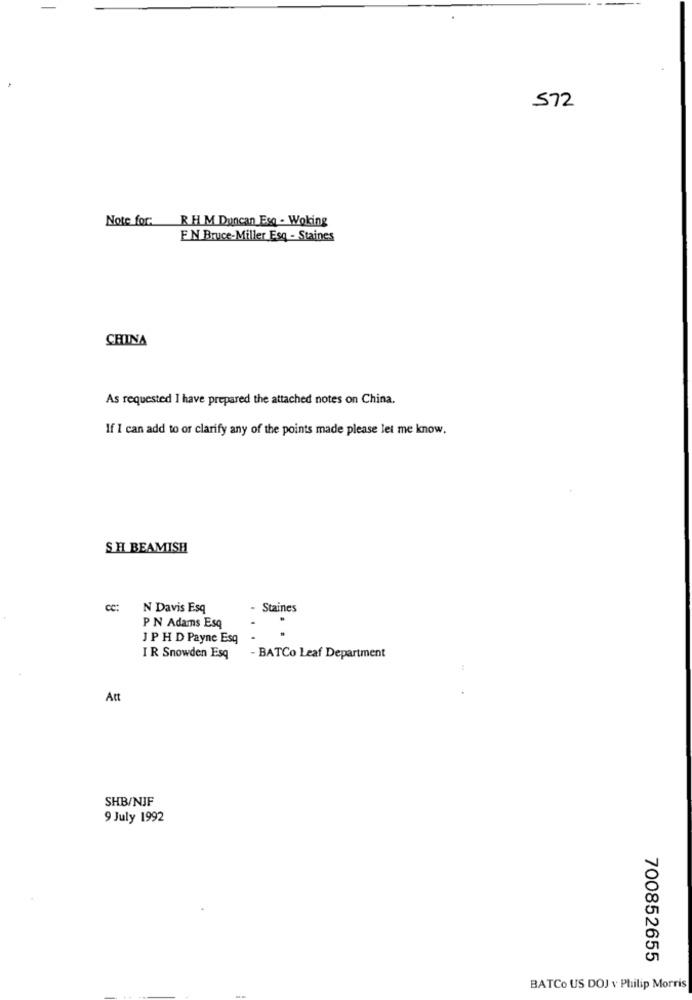
572
Note for: R H M Duncan Esq - Woking
EN Bruce-Miller Esq - Staines
CHINA
As requested I have prepared the attached notes on China.
If I can add to or clarify any of the points made please let me know.
SH BEAMISH
cc:
N Davis Esq
Staines
PN Adams Esq
J P H D Payne Esq
I R Snowden Esq
- BATCo Leaf Department
Att
SHB/NJF
9 July 1992
700852655
BATCo US DOJ v Philip Morris